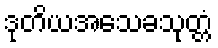
ဒုတိယအသေခသုတ္တံ